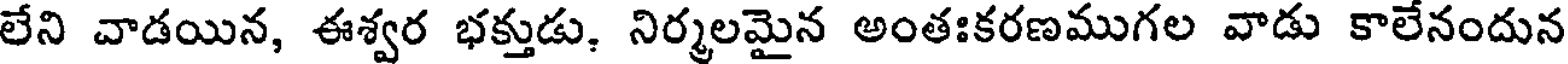
లేని వాడయిన, ఈశ్వర భక్తుడు, నిర్మలమైన అంతఃకరణముగల వాడు కాలేనందున